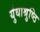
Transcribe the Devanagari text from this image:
युंधाश्रुष्ठि